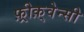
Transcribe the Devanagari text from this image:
फ़्रीक़्वेन्सी